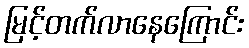
မြင့်တက်လာနေကြောင်း